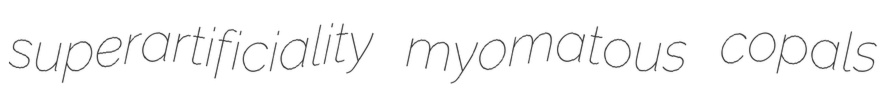
superartificiality myomatous copals